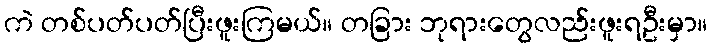
ကဲ တစ်ပတ်ပတ်ပြီးဖူးကြမယ်။ တခြား ဘုရားတွေလည်းဖူးရဦးမှာ။